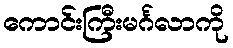
ကောင်းကြီးမင်္ဂလာကို